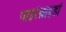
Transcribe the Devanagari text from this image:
पाइरेथ्राइडों